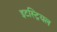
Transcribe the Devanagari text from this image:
इटस्ट्रियल